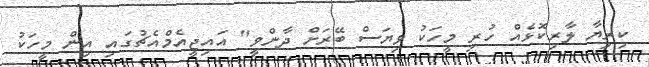
ކިރިޔާ ލާރިކޮޅެއް ހުރި މީހަކު ވިޔަސް ބޭރަށް ދާންވީ" އައިޖީއެމްއެޗުގައި އިން މީހަކު